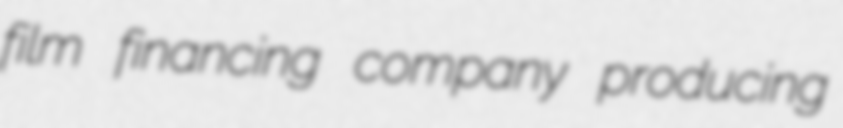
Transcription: film financing company producing